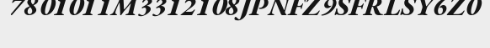
7801011M3312108JPNFZ9SFRLSY6Z0